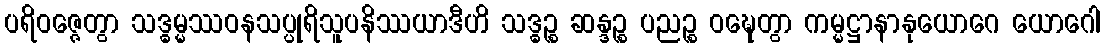
ပရိဝဇ္ဇေတွာ သဒ္ဓမ္မဿဝနသပ္ပုရိသူပနိဿယာဒီဟိ သဒ္ဓဉ္စ ဆန္ဒဉ္စ ပညဉ္စ ဝဍ္ဎေတွာ ကမ္မဋ္ဌာနာနုယောဂေ ယောဂေါ